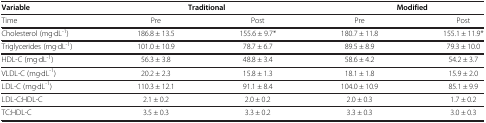
<table><thead><tr><td><b>Variable</b></td><td colspan="2"><b>Traditional</b></td><td colspan="2"><b>Modified</b></td></tr></thead><tbody><tr><td>Time</td><td>Pre</td><td>Post</td><td>Pre</td><td>Post</td></tr><tr><td>Cholesterol (mg·dL<sup>-1</sup>)</td><td>186.8 ± 13.5</td><td>155.6 ± 9.7*</td><td>180.7 ± 11.8</td><td>155.1 ± 11.9*</td></tr><tr><td>Triglycerides (mg·dL<sup>-1</sup>)</td><td>101.0 ± 10.9</td><td>78.7 ± 6.7</td><td>89.5 ± 8.9</td><td>79.3 ± 10.0</td></tr><tr><td>HDL-C (mg·dL<sup>-1</sup>)</td><td>56.3 ± 3.8</td><td>48.8 ± 3.4</td><td>58.6 ± 4.2</td><td>54.2 ± 3.7</td></tr><tr><td>VLDL-C (mg·dL<sup>-1</sup>)</td><td>20.2 ± 2.3</td><td>15.8 ± 1.3</td><td>18.1 ± 1.8</td><td>15.9 ± 2.0</td></tr><tr><td>LDL-C (mg·dL<sup>-1</sup>)</td><td>110.3 ± 12.1</td><td>91.1 ± 8.4</td><td>104.0 ± 10.9</td><td>85.1 ± 9.9</td></tr><tr><td>LDL-C:HDL-C</td><td>2.1 ± 0.2</td><td>2.0 ± 0.2</td><td>2.0 ± 0.3</td><td>1.7 ± 0.2</td></tr><tr><td>TC:HDL-C</td><td>3.5 ± 0.3</td><td>3.3 ± 0.2</td><td>3.3 ± 0.3</td><td>3.0 ± 0.3</td></tr></tbody></table>